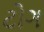
ટોગ